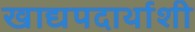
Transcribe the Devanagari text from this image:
खाद्यपदार्थाशी